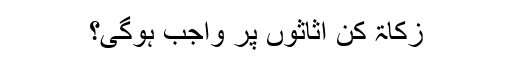
زکاۃ کن اثاثوں پر واجب ہوگی؟